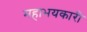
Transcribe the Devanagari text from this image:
महाभयकारी